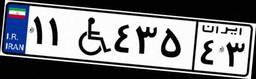
۱۸W۱۴۲۸۶